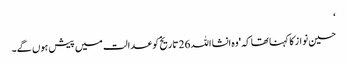
‘
حسین نواز کا کہنا تھا کہ 'وہ انشا اللہ 26 تاریخ کو عدالت میں پیش ہوں گے۔